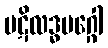
ပဋိလဒ္ဓမဂ္ဂေါ